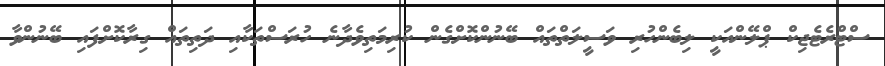
ސްޓްރެޓެޖިކް ޕްލޭންއަކީ ލިބެންހުރި ވަސީލަތްތައް ބޭނުންކޮށްގެން ކުރިމަތިވެދާނެ ހުރަސްތަކާއި ދަތިތައް ގިރާކޮށްފައި ބޭނުންވާ